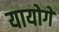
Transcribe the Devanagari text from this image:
यायोगे